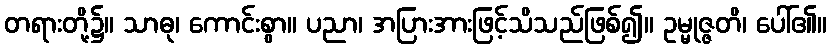
တရားတို့၌။ သာဓု၊ ကောင်းစွာ။ ပညာ၊ အပြားအားဖြင့်သိသည်ဖြစ်၍။ ဥမ္မုဇ္ဇတိ၊ ပေါ်၏။